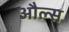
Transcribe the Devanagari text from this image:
औल्स